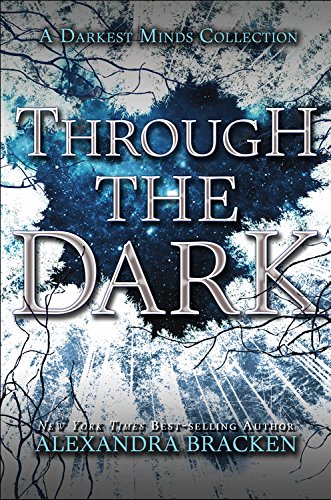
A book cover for Through the Dark (A Darkest Minds Collection) (A Darkest Minds Novel); Alexandra Bracken; Teen & Young Adult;